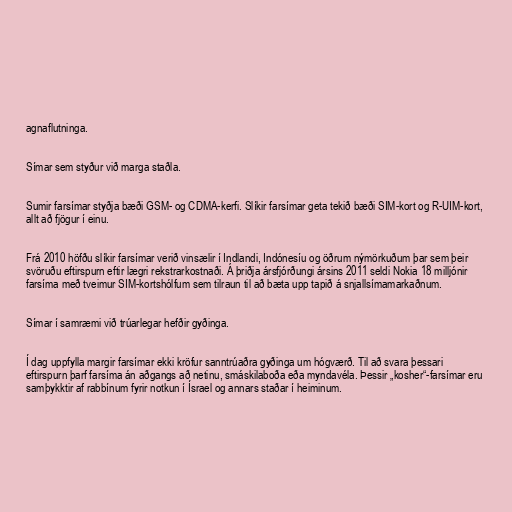
agnaflutninga.

Símar sem styður við marga staðla.

Sumir farsímar styðja bæði GSM- og CDMA-kerfi. Slíkir farsímar geta tekið bæði SIM-kort og R-UIM-kort,
allt að fjögur í einu.

Frá 2010 höfðu slíkir farsímar verið vinsælir í Indlandi, Indónesíu og öðrum nýmörkuðum þar sem þeir
svöruðu eftirspurn eftir lægri rekstrarkostnaði. Á þriðja ársfjórðungi ársins 2011 seldi Nokia 18 milljónir
farsíma með tveimur SIM-kortshólfum sem tilraun til að bæta upp tapið á snjallsímamarkaðnum.

Símar í samræmi við trúarlegar hefðir gyðinga.

Í dag uppfylla margir farsímar ekki kröfur sanntrúaðra gyðinga um hógværð. Til að svara þessari
eftirspurn þarf farsíma án aðgangs að netinu, smáskilaboða eða myndavéla. Þessir „kosher“-farsímar eru
samþykktir af rabbínum fyrir notkun í Ísrael og annars staðar í heiminum.